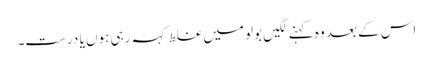
اس کے بعد وہ کہنے لگیں بولو میں غلط کہہ رہی ہوں یا درست۔